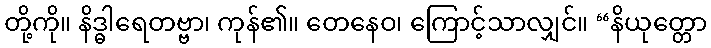
တို့ကို။ နိဒ္ဓါရေတဗ္ဗာ၊ ကုန်၏။ တေနေဝ၊ ကြောင့်သာလျှင်။ “နိယုတ္တော